Preparation of a safe and efficient antirabic vaccine - Number 44
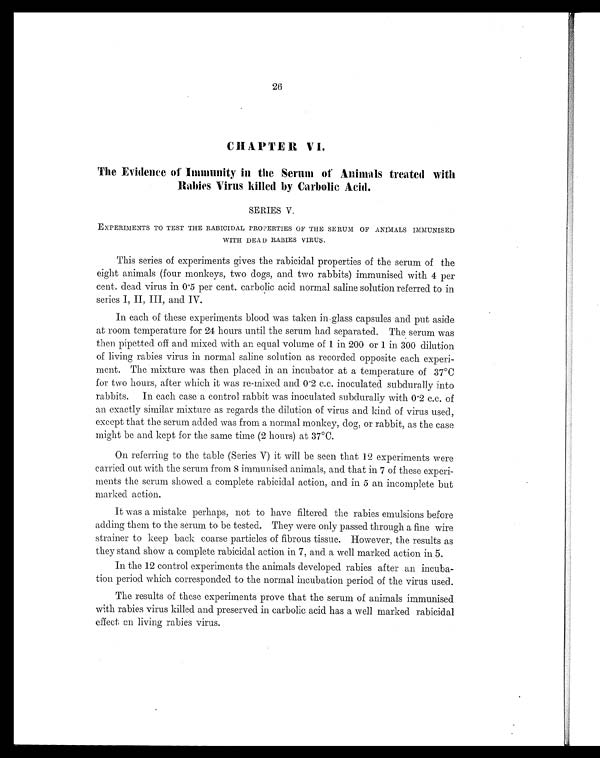
26
CHAPTER VI.
The Evidence of Immunity in the Serum of Animals treated with
Rabies Virus killed by Carbolic Acid.
SERIES V.
EXPERIMENTS TO TEST THE RABICIDAL PROPERTIES OF THE SERUM OF ANIMALS IMMUNISED
WITH DEAD RABIES VIRUS.
This series of experiments gives the rabicidal properties of the serum of the
eight animals (four monkeys, two dogs, and two rabbits) immunised with 4 per
cent. dead virus in 0.5 per cent. carbolic acid normal saline solution referred to in
series I, II, III, and IV.
In each of these experiments blood was taken in glass capsules and put aside
at room temperature for 24 hours until the serum had separated. The serum was
then pipetted off and mixed with an equal volume of 1 in 200 or 1 in 300 dilution
of living rabies virus in normal saline solution as recorded opposite each experi-
ment. The mixture was then placed in an incubator at a temperature of 37°C
for two hours, after which it was re-mixed and 0.2 c.c. inoculated subdurally into
rabbits. In each case a control rabbit was inoculated subdurally with 0.2 c.c. of
an exactly similar mixture as regards the dilution of virus and kind of virus used,
except that the serum added was from a normal monkey, dog, or rabbit, as the case
might be and kept for the same time (2 hours) at 37°C.
On referring to the table (Series V) it will be seen that 12 experiments were
carried out with the serum from 8 immunised animals, and that in 7 of these experi-
ments the serum showed a complete rabicidal action, and in 5 an incomplete but
marked action.
It was a mistake perhaps, not to have filtered the rabies emulsions before
adding them to the serum to be tested. They were only passed through a fine wire
strainer to keep back coarse particles of fibrous tissue. However, the results as
they stand show a complete rabicidal action in 7, and a well marked action in 5.
In the 12 control experiments the animals developed rabies after an incuba-
tion period which corresponded to the normal incubation period of the virus used.
The results of these experiments prove that the serum of animals immunised
with rabies virus killed and preserved in carbolic acid has a well marked rabicidal
effect on living rabies virus.